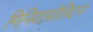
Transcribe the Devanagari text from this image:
मिनियापोलिटन